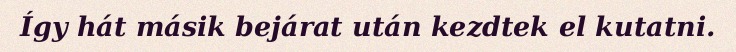
Így hát másik bejárat után kezdtek el kutatni.